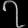
Digit: ၇